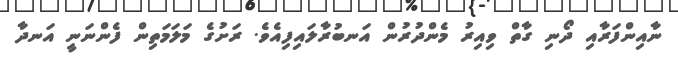
ނާއިންފަރާއި ދޯނި ގާތް ވިއިރު މެންދުރުން އަނބުރާލައިފިއެވެ. ރަށުގެ މަލަމަތިން ފެންނަނީ އަނދާ